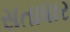
સતાધાર